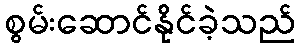
စွမ်းဆောင်နိုင်ခဲ့သည်